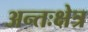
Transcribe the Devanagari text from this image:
अन्तःक्षेत्र